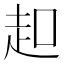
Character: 𧺚